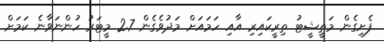
ފެށިގެން މަތީޝީޓު ތިރީކައިރި އާއި ހަމައަށް މަދުވެގެން 2.7 މީޓަރު ހުންނަވާނެ ކަަމަށް